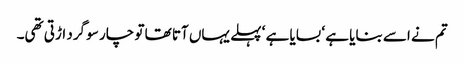
تم نے اسے بنایا ہے ‘ بسایا ہے ‘ پہلے یہاں آتا تھا تو چار سو گرد اڑتی تھی۔